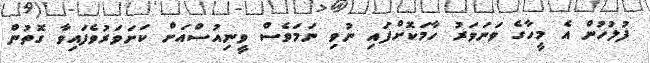
ފުލުހުން އެ މީހާގެ ވަނަވަރު ހާމަކޮށްފައި ނުވި ނަމަވެސް ވީނިއުސްއަށް ކަށަވަރުވެފައިވާ ގޮތުން